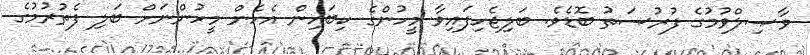
ވާޞިލްވުމުގެ ފުރުޞަތު ބޮޑެވެ. ބަލިޖެހިފައިވާ މީހުންގެ ކިބައިން އެހެން މީހުންނަށް ބަލި ފެތުރުމުގެ